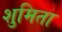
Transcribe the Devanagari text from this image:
शुमिता